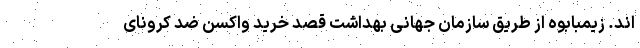
اند. زیمبابوه از طریق سازمان جهانی بهداشت قصد خرید واکسن ضد کرونای